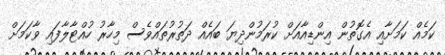
ކަމެއް ކަމަށާއި އެގޮތުން އިންޑިއާއަށް ކުރަމުންދިޔަ ބައެއް ދަތުރުތައްވެސް މިހާރު ހުއްޓާލާފައި ވާކަމަށް